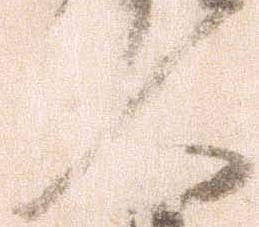
人